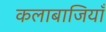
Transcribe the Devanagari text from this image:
कलाबाजियाँ